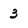
Character: 3